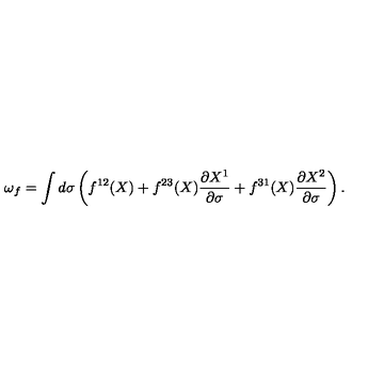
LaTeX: \omega _ { f } = \int d \sigma \left( f ^ { 1 2 } ( X ) + f ^ { 2 3 } ( X ) \frac { \partial X ^ { 1 } } { \partial \sigma } + f ^ { 3 1 } ( X ) \frac { \partial X ^ { 2 } } { \partial \sigma } \right) .